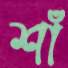
শাঁ